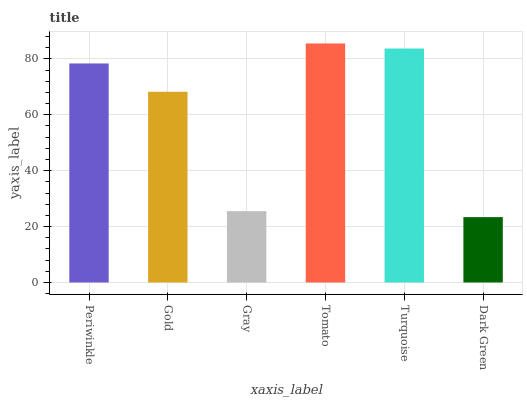
| xaxis_label | bars |
 | --- | --- |
 | Periwinkle | 78.3 |
 | Gold | 68.2 |
 | Gray | 25.5 |
 | Tomato | 85.5 |
 | Turquoise | 83.7 |
 | Dark Green | 23.4 |